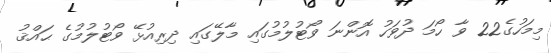
މިމަހުގެ22 ވާ ހޯމަ ދުވަހު އޮންނަ ވޯޓުލުމުގައި މާލޭގައި ދިރިއުޅޭ ވޯޓުލުމުގެ ޙައްޤު